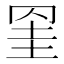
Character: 𦊱